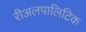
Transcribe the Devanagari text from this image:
रीअलपालिटिक